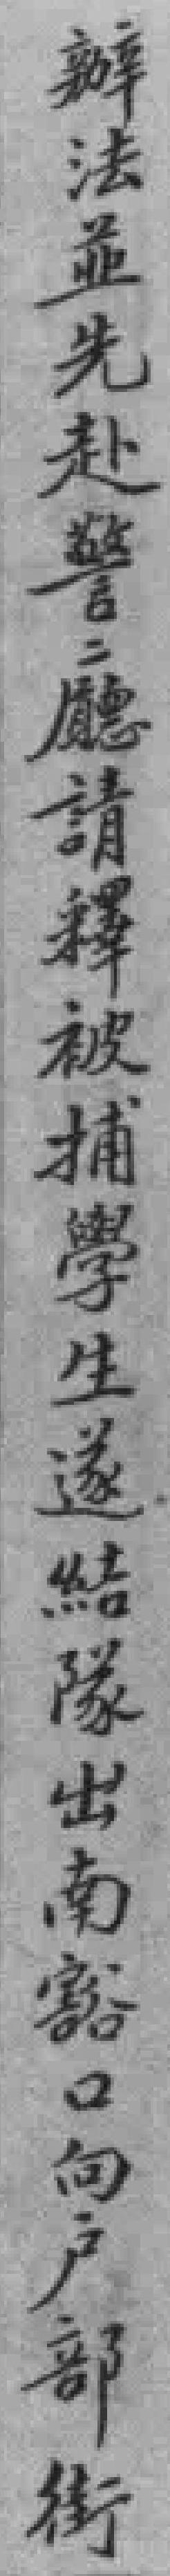
辦法並先赴警廳請釋被捕學生遂結隊出南豁口向户部街